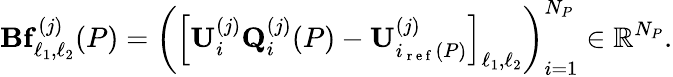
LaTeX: \mathbf{B}\mathbf{f}_{\ell_{1},\ell_{2}}^{(j)}(P)=\left(\left[\mathbf{U}_{i}^{(j)}\mathbf{Q}_{i}^{(j)}(P)-\mathbf{U}_{i_{\mathrm{~r~e~f~}}(P)}^{(j)}\right]_{\ell_{1},\ell_{2}}\right)_{i=1}^{N_{P}}\in\mathbb{R}^{N_{P}}.